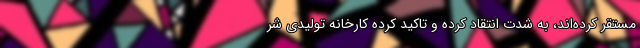
مستقر کرده‌اند، به شدت انتقاد کرده و تاکید کرده کارخانه تولیدی شر